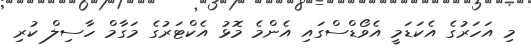
މި އަހަރުގެ އެކަޑަމީ އެވޯޑްސްގައި އެންމެ މޮޅު އެކްޓަރުގެ މަގާމް ހާސިލް ކުރި